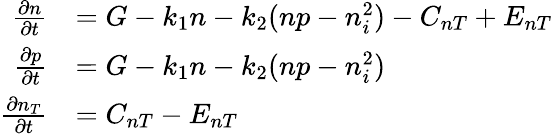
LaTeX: \begin{array}{rl}{\frac{\partial n}{\partial t}}&{=G-k_{1}n-k_{2}(np-n_{i}^{2})-C_{nT}+E_{nT}}\\ {\frac{\partial p}{\partial t}}&{=G-k_{1}n-k_{2}(np-n_{i}^{2})}\\ {\frac{\partial n_{T}}{\partial t}}&{=C_{nT}-E_{nT}}\end{array}